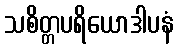
သစိတ္တပရိယောဒါပနံ